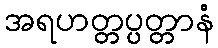
အရဟတ္တပ္ပတ္တာနံ